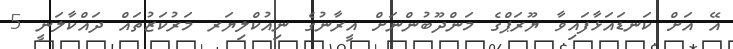
އޭ އަށް ކަނޑައަޅާފައިވާ ޔޫރަޕްގެ މަންދޫބުންނަށް އީރާނުގެ ނިއުކްލިޔަރ މަރުކަޒުތައް ދައްކާލަނީ 5